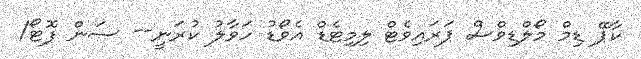
ކާޕޭ ޑިމް މޯލްޑިވްސް ޕަރައިވެޓް ލިމިޓެޑް އެވޯޑު ހަވާލު ކުރަނީ-- ސަން ފޮޓޯ/